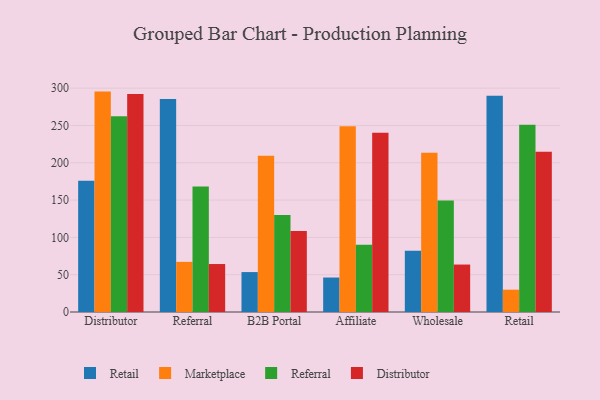
{"axis": {"x": "Channel", "y": "Churn Rate (%)"}, "legend": ["Distributor", "Marketplace", "Referral", "Retail"], "data": [{"x": "Distributor", "y": 175.9, "type": "Retail"}, {"x": "Distributor", "y": 295.4, "type": "Marketplace"}, {"x": "Distributor", "y": 262.3, "type": "Referral"}, {"x": "Distributor", "y": 292.2, "type": "Distributor"}, {"x": "Referral", "y": 285.5, "type": "Retail"}, {"x": "Referral", "y": 67.2, "type": "Marketplace"}, {"x": "Referral", "y": 168.2, "type": "Referral"}, {"x": "Referral", "y": 64.3, "type": "Distributor"}, {"x": "B2B Portal", "y": 53.5, "type": "Retail"}, {"x": "B2B Portal", "y": 209.5, "type": "Marketplace"}, {"x": "B2B Portal", "y": 130.1, "type": "Referral"}, {"x": "B2B Portal", "y": 108.6, "type": "Distributor"}, {"x": "Affiliate", "y": 46.2, "type": "Retail"}, {"x": "Affiliate", "y": 248.9, "type": "Marketplace"}, {"x": "Affiliate", "y": 90.0, "type": "Referral"}, {"x": "Affiliate", "y": 240.2, "type": "Distributor"}, {"x": "Wholesale", "y": 82.1, "type": "Retail"}, {"x": "Wholesale", "y": 213.4, "type": "Marketplace"}, {"x": "Wholesale", "y": 149.6, "type": "Referral"}, {"x": "Wholesale", "y": 63.6, "type": "Distributor"}, {"x": "Retail", "y": 289.7, "type": "Retail"}, {"x": "Retail", "y": 29.9, "type": "Marketplace"}, {"x": "Retail", "y": 250.9, "type": "Referral"}, {"x": "Retail", "y": 214.9, "type": "Distributor"}]}